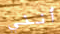
أنني